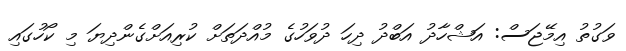
ވަގުތު އިމޭޖަސް: އަޝްހާދު އަބްދު ދިހަ ދުވަހުގެ މުއްދަތަށް ކުރިއަށްގެންދިޔަ މި ކޯހުގައި